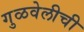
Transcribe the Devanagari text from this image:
गुळवेलीची